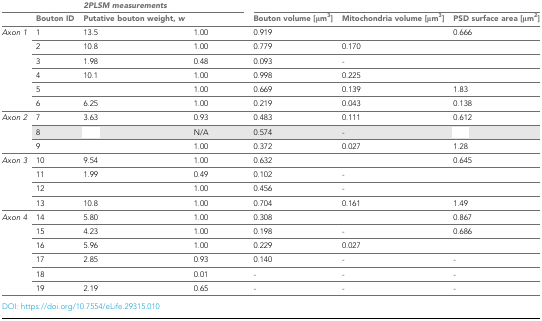
<table><thead><tr><td>[EMPTY_CELL]</td><td>[EMPTY_CELL]</td><td colspan="2"><b><i>2PLSM measurements</i></b></td><td colspan="3">[EMPTY_CELL]</td></tr><tr><td>[EMPTY_CELL]</td><td><b>Bouton ID</b></td><td><b>Putative bouton weight, <i>w</i></b></td><td>[EMPTY_CELL]</td><td><b>Bouton volume [μm<sup>3</sup>]</b></td><td><b>Mitochondria volume [μm<sup>3</sup>]</b></td><td><b>PSD surface area [μm<sup>2</sup>]</b></td></tr></thead><tbody><tr><td rowspan="6"><i>Axon 1</i></td><td>1</td><td>13.5</td><td>1.00</td><td>0.919</td><td>[EMPTY_CELL]</td><td>0.666</td></tr><tr><td>2</td><td>10.8</td><td>1.00</td><td>0.779</td><td>0.170</td><td>[EMPTY_CELL]</td></tr><tr><td>3</td><td>1.98</td><td>0.48</td><td>0.093</td><td>-</td><td>[EMPTY_CELL]</td></tr><tr><td>4</td><td>10.1</td><td>1.00</td><td>0.998</td><td>0.225</td><td>[EMPTY_CELL]</td></tr><tr><td>5</td><td>[EMPTY_CELL]</td><td>1.00</td><td>0.669</td><td>0.139</td><td>1.83</td></tr><tr><td>6</td><td>6.25</td><td>1.00</td><td>0.219</td><td>0.043</td><td>0.138</td></tr><tr><td rowspan="3"><i>Axon 2</i></td><td>7</td><td>3.63</td><td>0.93</td><td>0.483</td><td>0.111</td><td>0.612</td></tr><tr><td>8</td><td>[EMPTY_CELL]</td><td>N/A</td><td>0.574</td><td>-</td><td>[EMPTY_CELL]</td></tr><tr><td>9</td><td>[EMPTY_CELL]</td><td>1.00</td><td>0.372</td><td>0.027</td><td>1.28</td></tr><tr><td rowspan="4"><i>Axon 3</i></td><td>10</td><td>9.54</td><td>1.00</td><td>0.632</td><td>[EMPTY_CELL]</td><td>0.645</td></tr><tr><td>11</td><td>1.99</td><td>0.49</td><td>0.102</td><td>-</td><td>[EMPTY_CELL]</td></tr><tr><td>12</td><td>[EMPTY_CELL]</td><td>1.00</td><td>0.456</td><td>-</td><td>[EMPTY_CELL]</td></tr><tr><td>13</td><td>10.8</td><td>1.00</td><td>0.704</td><td>0.161</td><td>1.49</td></tr><tr><td rowspan="6"><i>Axon 4</i></td><td>14</td><td>5.80</td><td>1.00</td><td>0.308</td><td>[EMPTY_CELL]</td><td>0.867</td></tr><tr><td>15</td><td>4.23</td><td>1.00</td><td>0.198</td><td>-</td><td>0.686</td></tr><tr><td>16</td><td>5.96</td><td>1.00</td><td>0.229</td><td>0.027</td><td>[EMPTY_CELL]</td></tr><tr><td>17</td><td>2.85</td><td>0.93</td><td>0.140</td><td>-</td><td>-</td></tr><tr><td>18</td><td>[EMPTY_CELL]</td><td>0.01</td><td>-</td><td>-</td><td>-</td></tr><tr><td>19</td><td>2.19</td><td>0.65</td><td>-</td><td>-</td><td>-</td></tr></tbody></table>